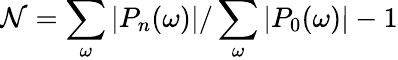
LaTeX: \mathcal{N}=\sum_{\omega}|P_{n}(\omega)|/\sum_{\omega}|P_{0}(\omega)|-1